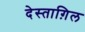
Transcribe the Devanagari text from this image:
देस्ताग़िल